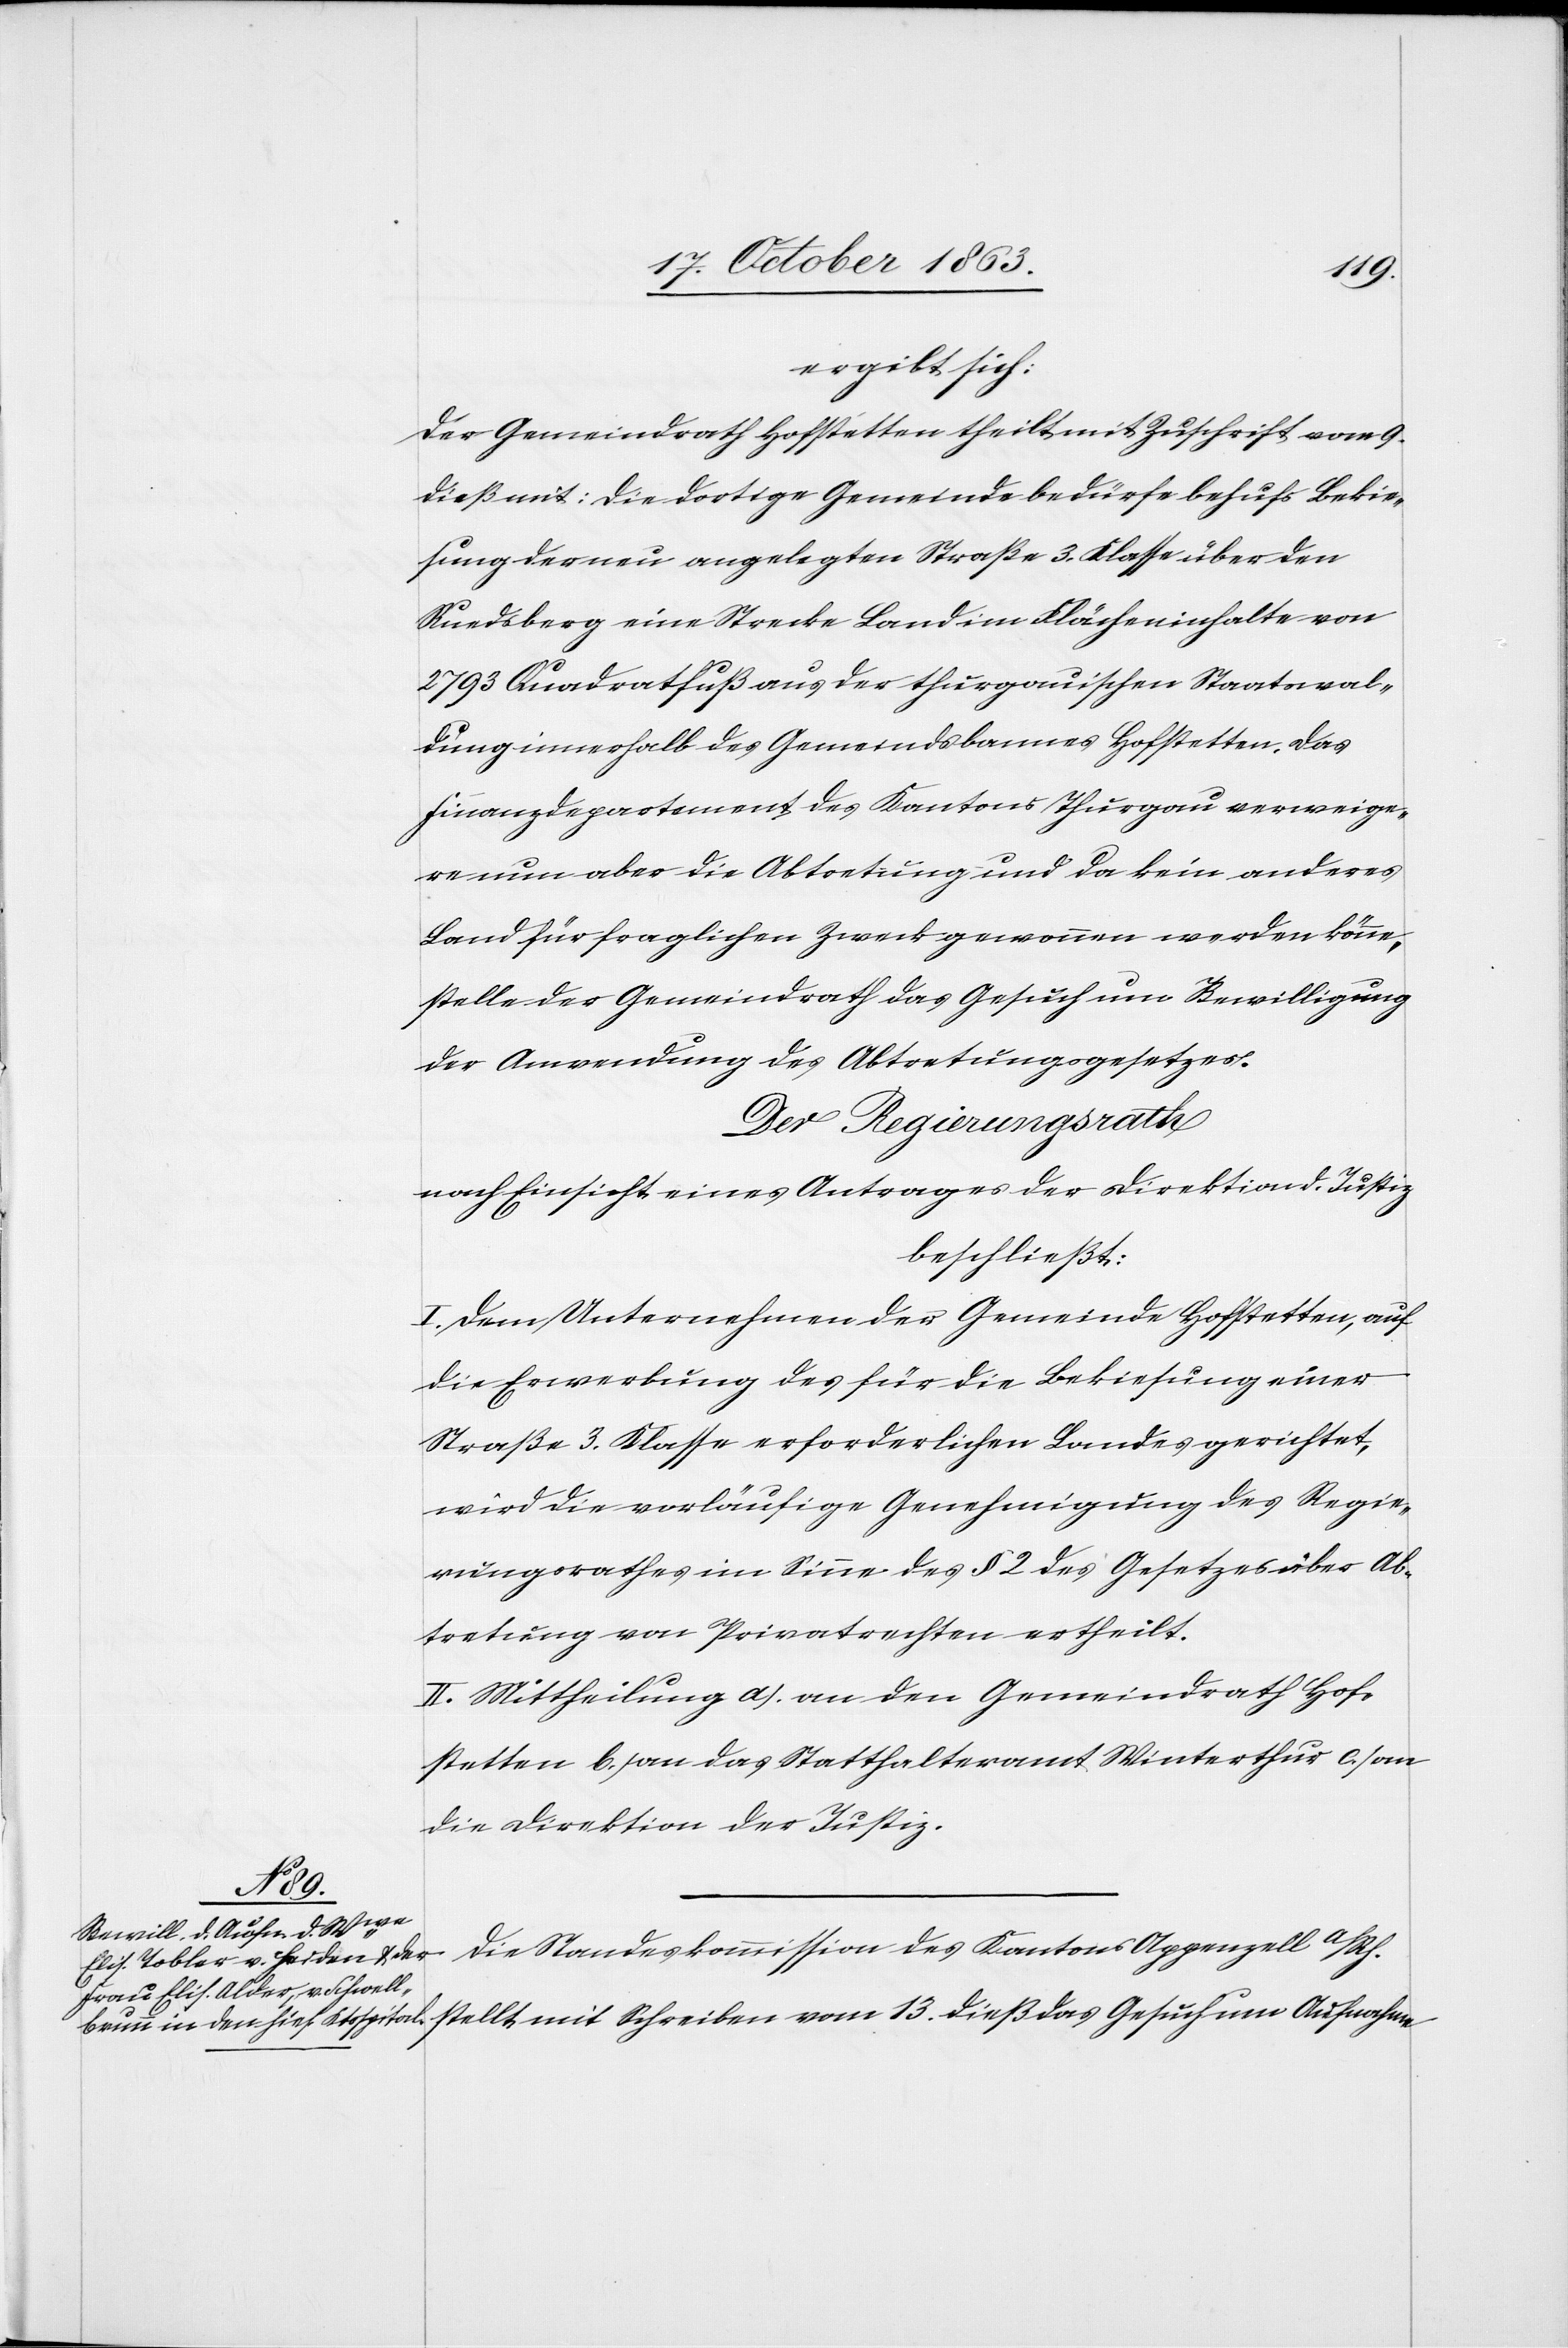
ergibt sich:
Der Gemeindrath Hofstetten theilt mit Zuschrift vom 9.
dieß mit: Die dortige Gemeinde bedürfe behufs Bekie¬
sung der neu angelegten Straße 3. Klasse über den
Ruedsberg eine Strecke Land im Flächeninhalte von
2793 Quadratfuß aus der thurgauischen Staatswal¬
dung innerhalb des Gemeindsbannes Hofstetten. Das
Finanzdepartement des Kantons Thurgau verweige¬
re nun aber die Abtoetung und da kein anderes
Land für fraglichen Zweck gewonnen werden könne,
stelle der Gemeindrath das Gesuch um Bewilligung
der Anwendung des Abtretungsgesetzes.
Der Regierungsrath
nach Einsicht eines Antrages der Direktion d. Justiz
beschließt:
I. Dem Unternehmen der Gemeinde Hofstetten, auf
die Erwerbung des für die Bekiesung einer
Straße 3. Klasse erforderlichen Landes gerichtet,
wird die vorläufige Genehmigung des Regie¬
rungsrathes im Sinne des § 2 des Gesetzes über Ab¬
tretung von Privatrechten ertheilt.
II. Mittheilung a.) an den Gemeindrath Hof¬
stetten b.) an das Statthalteramt Winterthur c.) an
die Direktion der Justiz.
vom 13.
Die Standeskommission des Kantons Appenzell a/Rh.